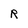
Character: R